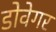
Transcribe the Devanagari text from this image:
डोवेगर